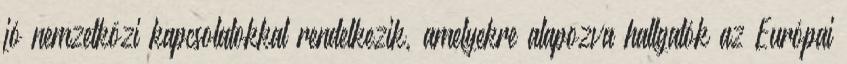
jó nemzetközi kapcsolatokkal rendelkezik, amelyekre alapozva hallgatók az Európai